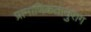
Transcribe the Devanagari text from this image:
प्रामाणिकतानुराग